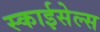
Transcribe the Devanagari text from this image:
स्काईसेल्स